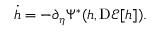
\begin{array} { r } { \dot { h } = - \partial _ { \eta } \Psi ^ { * } ( h , \mathrm { D } \mathcal { E } [ h ] ) . } \end{array}